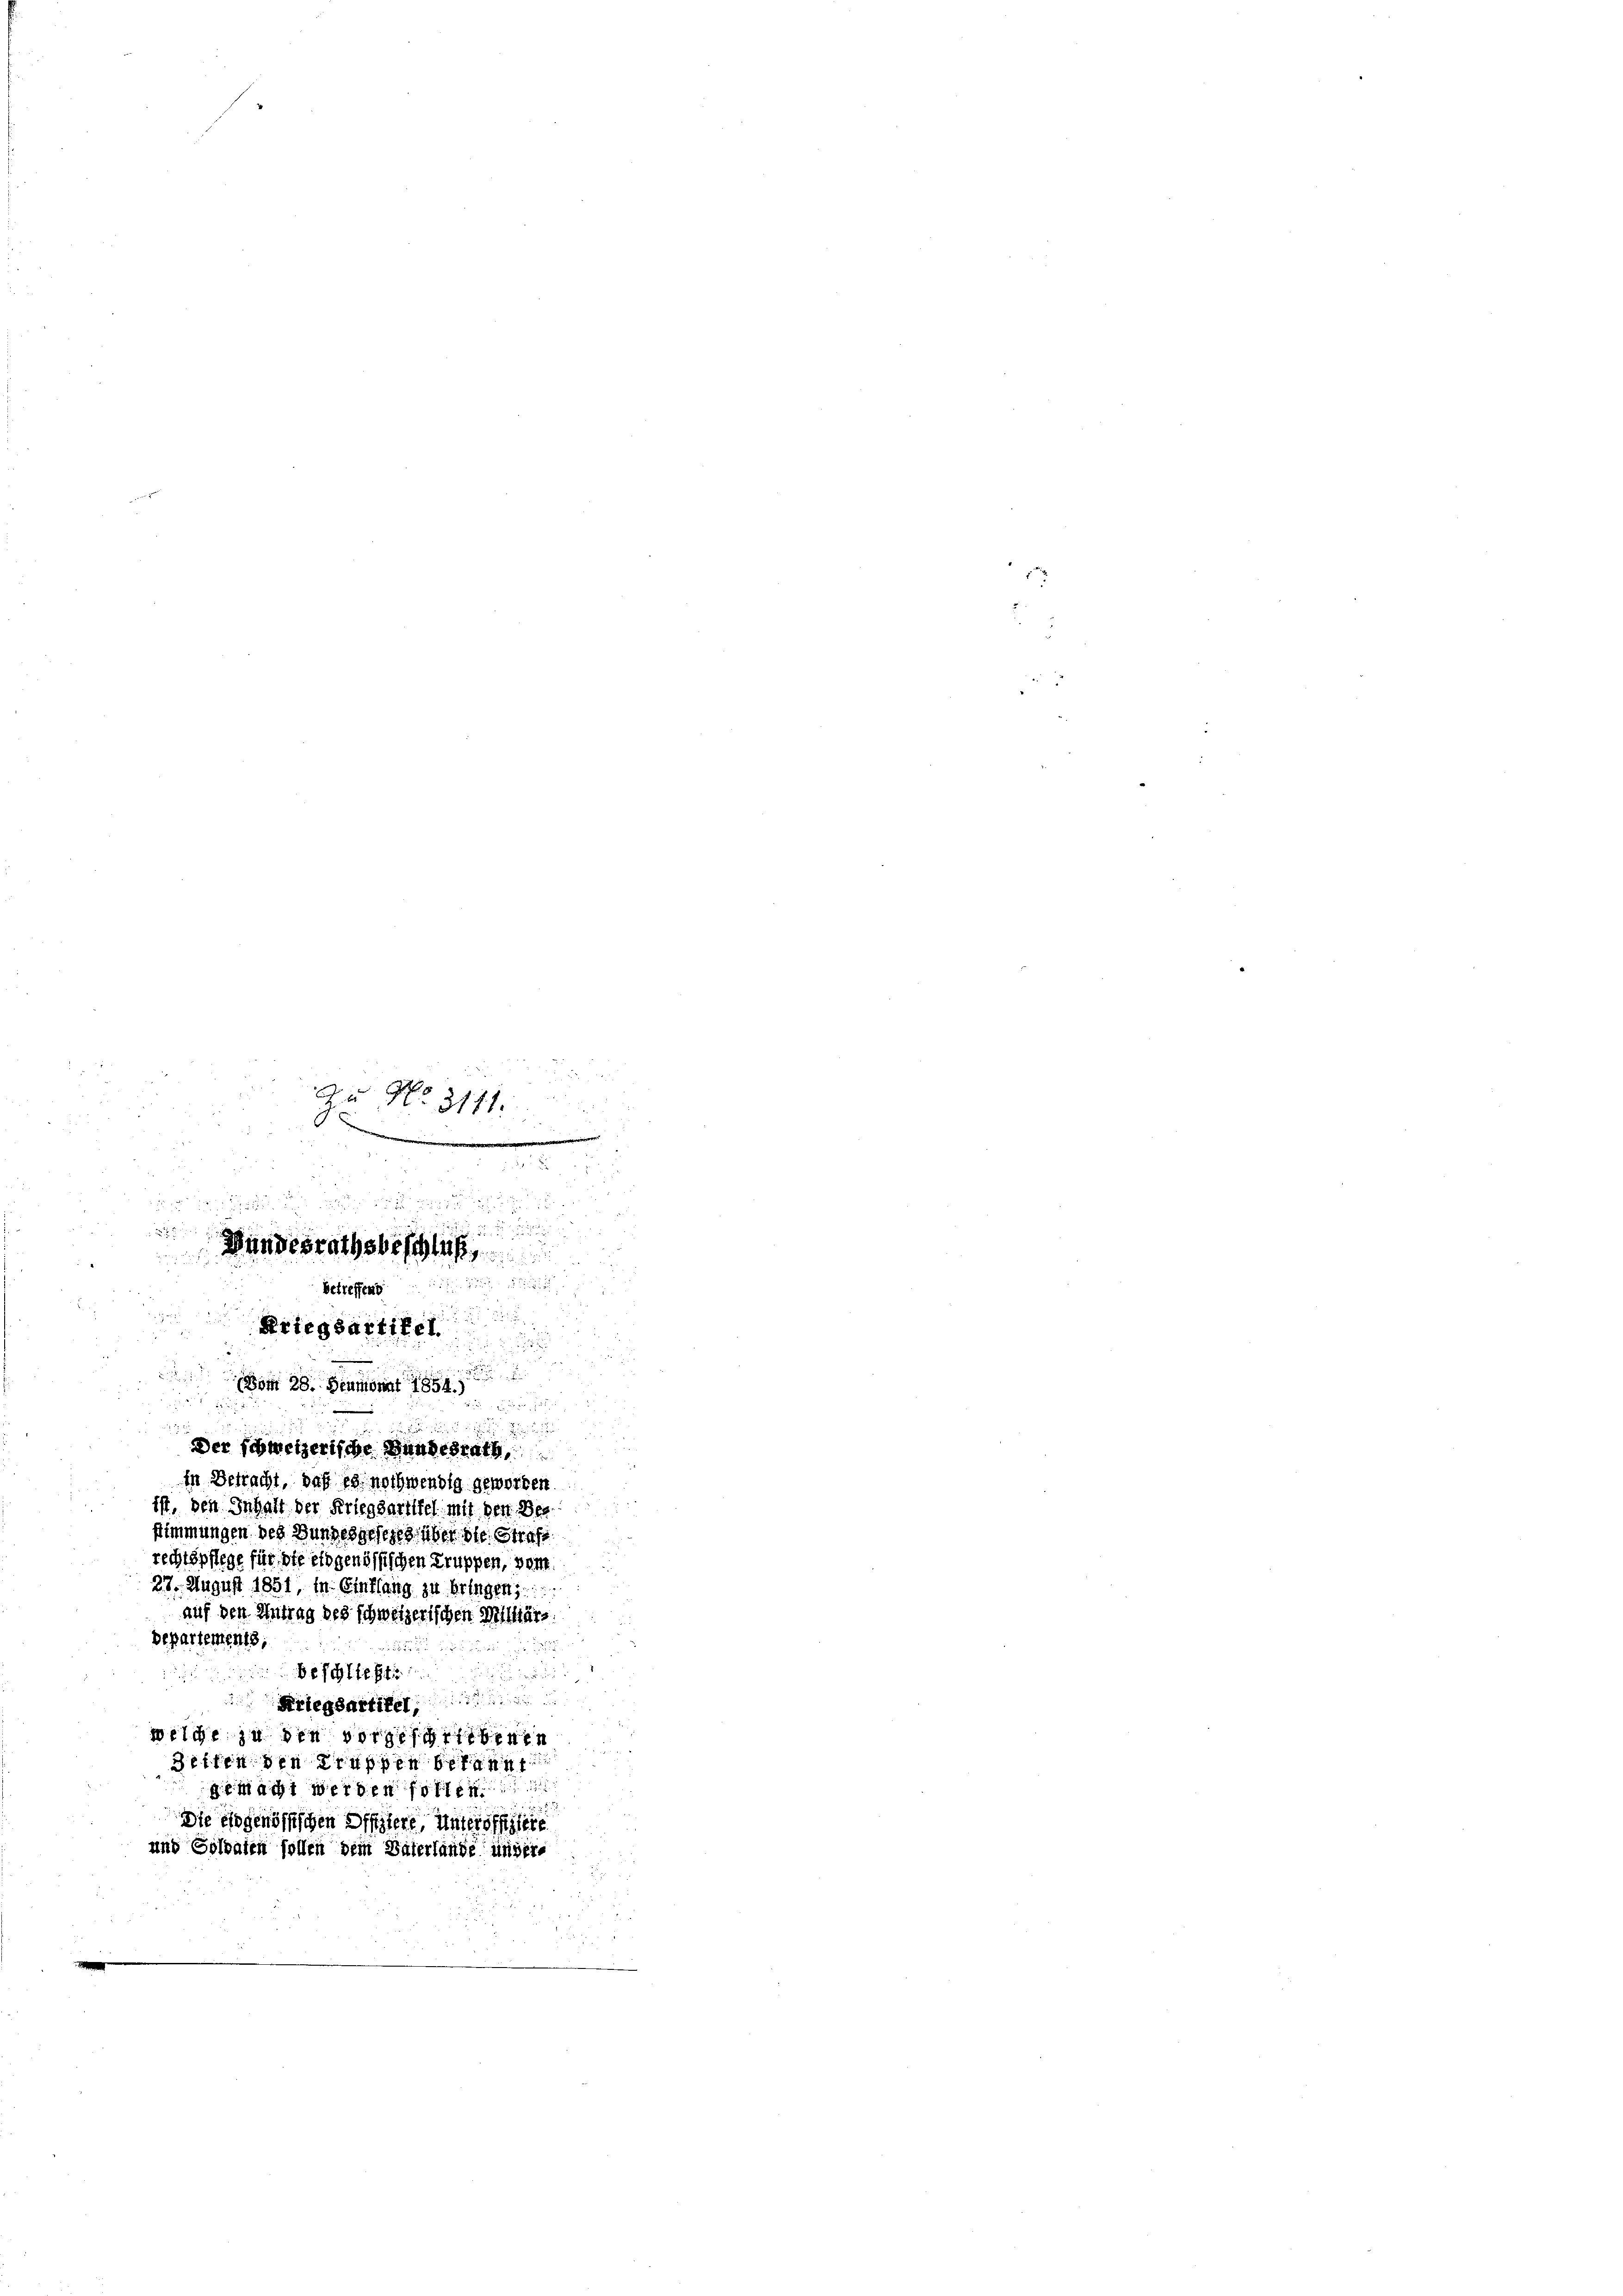
2.
Da No. 3171.

e
8
.

un

22

Hundesrathsbeschluß

e
betreffend
2

Kriegsartikel
i

e

om 28. Heumonat 1854.)

d
Der schweizerische Handesrath,
in Betracht, daß es nothwendig geworben
ist, den Inhalt der Kriegsartitel mit den Ber
Stimmungen des Bundesgesezt aber die Strafe
rechtspflege für die eidgenössischen Truppen, vom.
27. August 1851, in Einflang zu bringen,
auf den Antrag des schweizerischen Milliars
departements;

at
riegsartie
weiche in die vorgehaltenen
311ten seyen
a sich
Die es genössischen Offiziere, Unteroffizire
und Goldaten sollen dem Vaterlände ungere